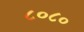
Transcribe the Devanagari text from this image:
८०८०